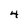
Character: 4